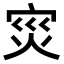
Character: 𭴠